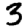
Digit: 3